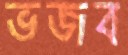
ভজব